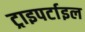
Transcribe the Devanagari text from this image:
ट्राइपर्टाइल